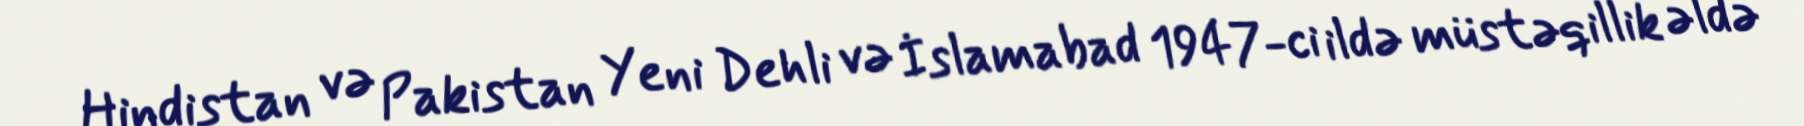
Hindistan və Pakistan Yeni Dehli və İslamabad 1947-ci ildə müstəqillik əldə